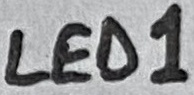
Text: LED1